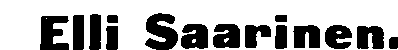
Elli Saarinen.